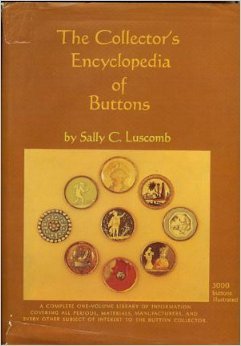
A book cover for The collector's encyclopedia of buttons; Sally C Luscomb; Crafts, Hobbies & Home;